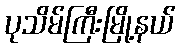
ပုသိမ်ကြီးမြို့နယ်